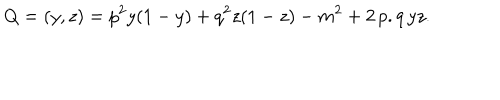
Q = ( y , z ) = p ^ { 2 } y ( 1 - y ) + q ^ { 2 } z ( 1 - z ) - m ^ { 2 } + 2 \, p . q \, y z .